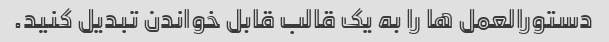
دستورالعمل ها را به یک قالب قابل خواندن تبدیل کنید.